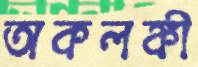
অকলঙ্কী